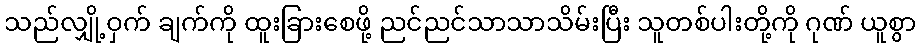
သည်လျှို့ဝှက် ချက်ကို ထူးခြားစေဖို့ ညင်ညင်သာသာသိမ်းပြီး သူတစ်ပါးတို့ကို ဂုဏ် ယူစွာ